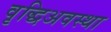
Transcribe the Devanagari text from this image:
वृद्धिअवस्था